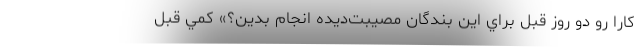
كارا رو دو روز قبل براي اين بندگان مصيبت‌ديده انجام بدين؟» كمي قبل